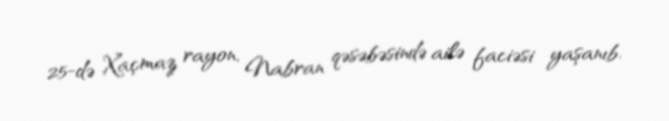
25-də Xaçmaz rayon, Nabran qəsəbəsində ailə faciəsi yaşanıb.